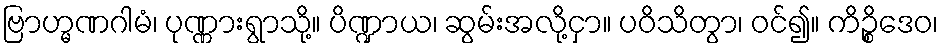
ဗြာဟ္မဏဂါမံ၊ ပုဏ္ဏားရွာသို့။ ပိဏ္ဍာယ၊ ဆွမ်းအလို့ငှာ။ ပဝိသိတွာ၊ ဝင်၍။ ကိဉ္စိဒေဝ၊